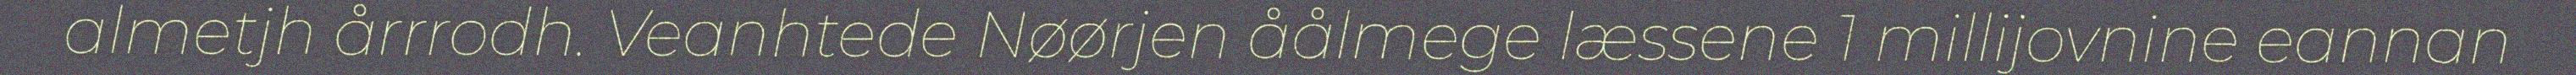
almetjh årrrodh. Veanhtede Nøørjen åålmege læssene 1 millijovnine eannan